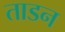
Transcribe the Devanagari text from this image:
ताडन